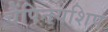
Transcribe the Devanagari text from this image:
चैंपिनयशिप